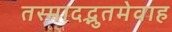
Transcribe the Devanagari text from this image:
तस्मादद्भुतमेवाह